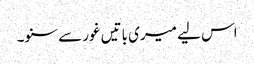
اس لیے میری باتیں غور سے سنو۔